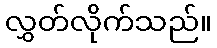
လွှတ်လိုက်သည်။